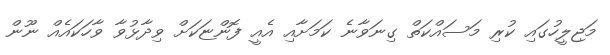
މަޖިލީހުގައި ކުރި މަސައްކަތް ގިނަވާނެ ކަމަށާއި އެއީ ފޮންޏަކަށް ވިދާޅުވާ ވާހަކައެއް ނޫން